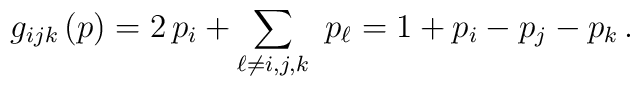
g_{ijk} \, (p) = 2 \, p_i + \sum_{\ell \ne i,j,k} \ p_{\ell} = 1 + p_i - p_j - p_k \, .